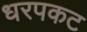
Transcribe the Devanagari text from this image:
धरपकट